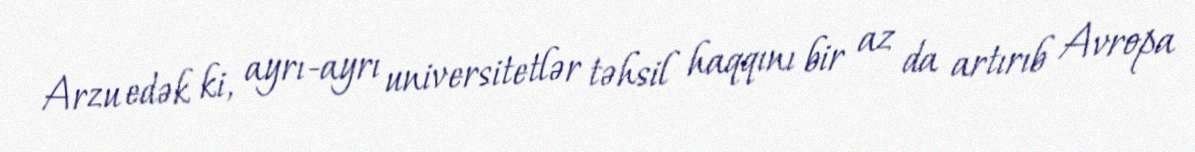
Arzu edək ki, ayrı-ayrı universitetlər təhsil haqqını bir az da artırıb Avropa